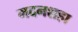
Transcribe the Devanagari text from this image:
मदनशहा